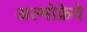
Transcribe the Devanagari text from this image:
अल्मोक्रेवे